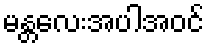
မန္တလေးအပါအဝင်